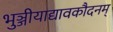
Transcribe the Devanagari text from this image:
भुञ्जीयाद्यावकौदनम्